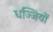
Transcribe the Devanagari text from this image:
धज्जियों